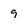
Character: 9